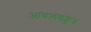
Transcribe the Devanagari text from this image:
आयलंडहून